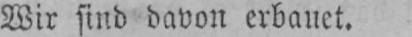
Wir sind davon erbauet.